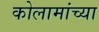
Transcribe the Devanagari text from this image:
कोलामांच्या